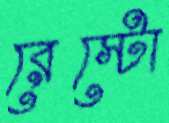
রেস্টো